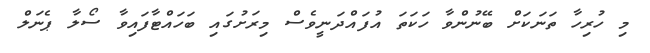
މި ހުރިހާ ތަނަކަށް ބޭނުންވާ ހަކަތަ އުފައްދަނީވެސް މިރަށުގައި ބަހައްޓާފައިވާ ސޯލާ ޕެނަލް